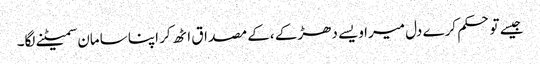
جیسے تو حکم کرے دل میرا ویسے دھڑکے ،کے مصداق اٹھ کر اپنا سامان سمیٹنے لگا۔